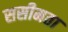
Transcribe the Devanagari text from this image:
ससीमता